system: You are a helpful assistant.
user:
Analyze the provided spectrum to determine if it is a **S-type Star**.

- **Key Indicators for S-type Star:**

    - **(Overall Spectrum Shape):** The first and most obvious characteristic is the overall continuum (the "baseline" shape). It is **extremely "red-sloping,"** meaning the flux (light intensity) is very low on the left side (blue, ~4000-4500 Å) and rises steeply and continuously toward the right side (red, ~7000 Å+).

    - **(Primary):** The spectrum is defined by the presence of strong, broad molecular absorption "valleys" (bands) from **Zirconium Oxide (ZrO)**. The identification of these bands is the **primary requirement** for classifying a star as S-type.
        - **(Key Bandheads):** You must find distinct, deep "dips" where the light has been absorbed. The most critical band systems to locate are:
            - **~6474 Å** ($\gamma$-system): This is often the strongest and clearest ZrO feature, found in the red part of the spectrum.
            - **~5718 Å** & **~5551 Å** ($\beta$-system): A pair of prominent absorption features in the yellow-orange part of the spectrum.
            - **~4640 Å** ($\alpha$-system): A key absorption band system in the blue-green region of the spectrum.

    - **(Secondary Confirmation):** The classification is strengthened by finding additional absorption bands from other related heavy element oxides, which are expected to be present alongside ZrO.
        - **(Key Bandheads):**
            - **Yttrium Oxide (YO):** Look for absorption dips near **~4800 Å** and **~6100 Å**.
            - **Lanthanum Oxide (LaO):** Additional absorption features, particularly in the red-orange part of the spectrum, are also characteristic.

    - **(Line Profile):** The combination of the steep red continuum and these numerous, deep molecular bands (ZrO, YO, etc.) gives the entire spectrum a very **"chopped-up"** or **"bumpy"** appearance. Instead of a smooth curve, the spectrum looks as though large, wide chunks of light have been "carved out" of it at the specific wavelengths listed above.

Think first, call **spectral_visualization_tool** if needed to examine features in detail, then provide your final answer. Your response must adhere to the following strict rules:
1.  **Overall Structure:** Your response must follow the format `<think>...</think> <tool_call>...</tool_call> (if a tool is used) <answer>...</answer>`.
2.  **Tool Usage Constraint:** You may only make **one** tool call per turn.
3.  **Final Answer Format:** In the `<answer>` tag, your conclusion must be inside a `\boxed{}` command (e.g., `\boxed{YES}` or `\boxed{NO}`), followed by your justification.

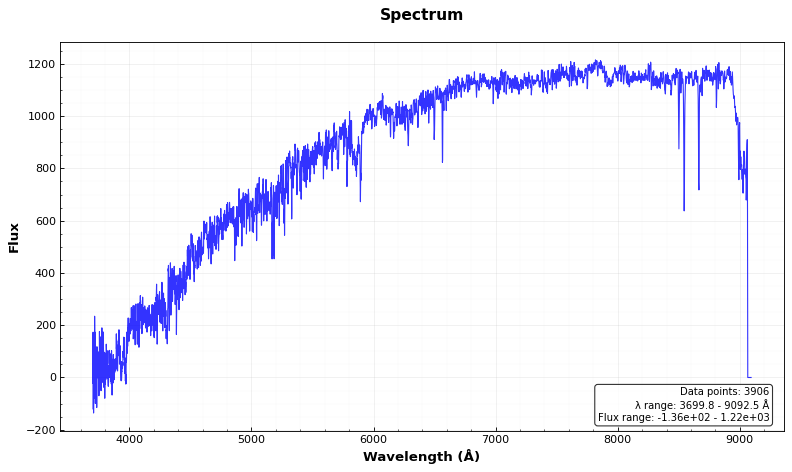
Answer: NO